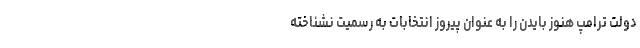
دولت ترامپ هنوز بایدن را به عنوان پیروز انتخابات به رسمیت نشناخته